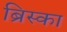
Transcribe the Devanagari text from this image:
ब्रिस्का